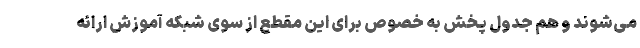
می‌شوند و هم جدول پخش به خصوص برای این مقطع از سوی شبکه آموزش ارائه